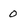
Character: 0